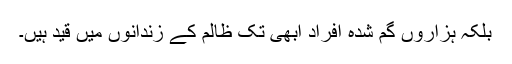
بلکہ ہزاروں گم شدہ افراد ابھی تک ظالم کے زندانوں میں قید ہیں۔